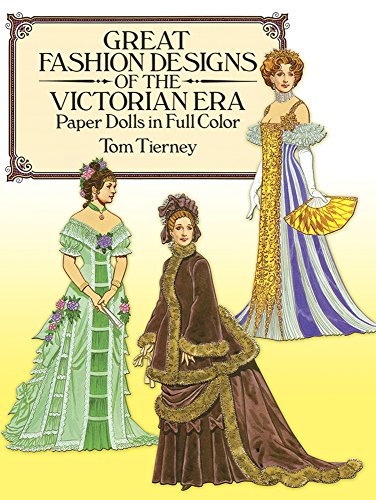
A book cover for Great Fashion Designs of the Victorian Era Paper Dolls in Full Color (Dover Victorian Paper Dolls); Tom Tierney; Crafts, Hobbies & Home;